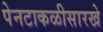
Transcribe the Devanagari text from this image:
पेनटाकळीसारखे